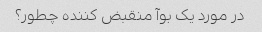
در مورد یک بوآ منقبض کننده چطور؟